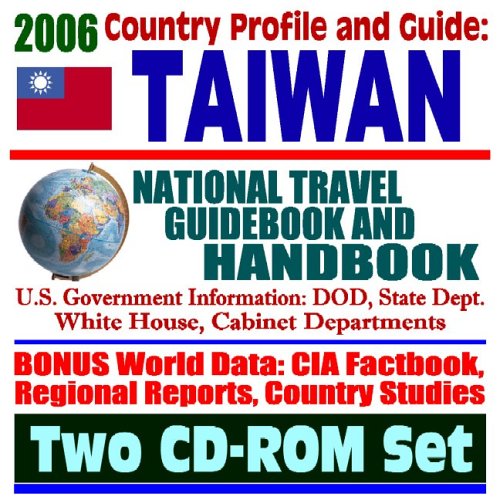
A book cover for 2006 Country Profile and Guide to Taiwan - National Travel Guidebook and Handbook -  Chiang Kai-Shek, 1958 Taiwan Straits Crisis, Taiwan Relations Act, Earthquakes, Tourism (Two CD-ROM Set); U.S. Government; Travel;